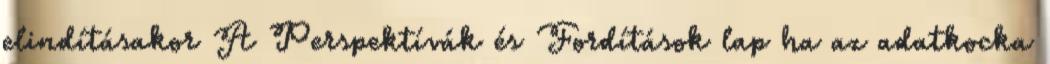
elindításakor A Perspektívák és Fordítások lap ha az adatkocka